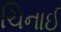
ચિનાઈ